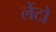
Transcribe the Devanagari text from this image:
लेंटो